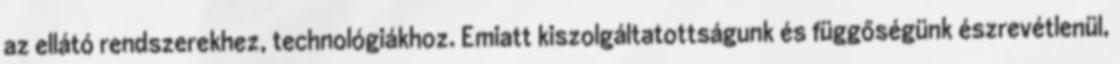
az ellátó rendszerekhez, technológiákhoz. Emiatt kiszolgáltatottságunk és függőségünk észrevétlenül,